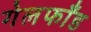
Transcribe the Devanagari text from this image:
गेलफाँड